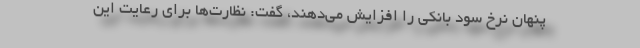
پنهان نرخ سود بانکی را افزایش می‌دهند، گفت: نظارت‌ها برای رعایت این